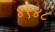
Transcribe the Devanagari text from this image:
४९४८